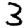
Digit: 3